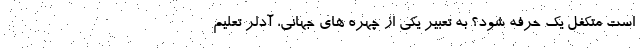
است متکفل یک حرفه شود؟ به تعبیر یکی از چهره های جهانی، آدلر تعلیم